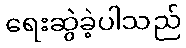
ရေးဆွဲခဲ့ပါသည်